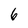
Character: 6